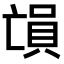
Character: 𠅳